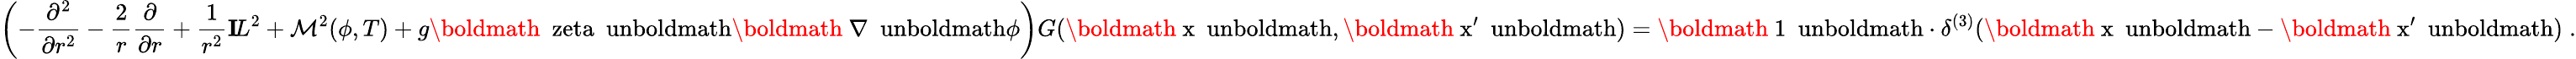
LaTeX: \left(-\frac{\partial^{2}}{\partial r^{2}}-\frac{2}{r}\frac{\partial}{\partial r}+\frac{1}{r^{2}}{\mathbf I\! L}^{2}+{\cal M}^{2}(\phi,T)+g\mathrm{\boldmath~\ zeta~\ unboldmath}\mathrm{\boldmath~\nabla~\ unboldmath}\phi\right)G(\mathrm{\boldmath~x~\ unboldmath},\mathrm{\boldmath~x^{\prime}~\ unboldmath})=\mathrm{\boldmath~1~\ unboldmath}\cdot\delta^{(3)}(\mathrm{\boldmath~x~\ unboldmath}-\mathrm{\boldmath~x^{\prime}~\ unboldmath})\; .